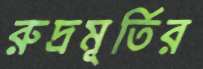
রুদ্রমূর্তির